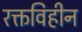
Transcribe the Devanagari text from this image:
रक्तविहीन